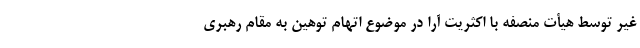
غیر توسط هیأت منصفه با اکثریت آرا در موضوع اتهام توهین به مقام رهبری